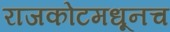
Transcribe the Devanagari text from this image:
राजकोटमधूनच